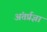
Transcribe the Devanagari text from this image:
अंतर्प्रज्ञा